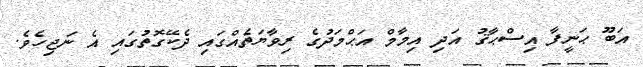
އަބޫ ޙަނީފާ އިސްޙާޤު އަދި އިމާމް އަޙްމަދުގެ ރިވާޔަތެއްގައި ދެކޭގޮތުގައި އެ ނަޖިހެވެ.